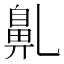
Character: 𪖐